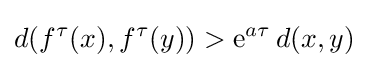
d(f^{\tau }(x),f^{\tau }(y))>\mathrm {e} ^{a\tau }\,d(x,y)